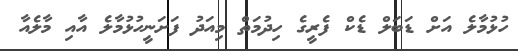
ހުޅުމާލެ އަށް ޑަބަލް ޑެކް ފެރީގެ ހިދުމަތް މިއަދު ފަށަނީހުޅުމާލެ އާއި މާލެއާ